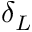
\delta _ { L }